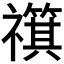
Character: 𫀣